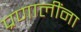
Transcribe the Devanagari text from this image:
प्रणालींना